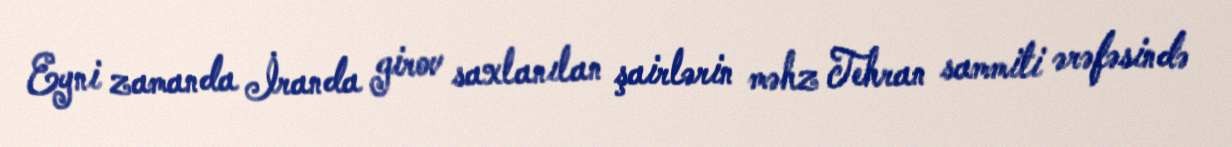
Eyni zamanda İranda girov saxlanılan şairlərin məhz Tehran sammiti ərəfəsində